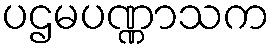
ပဌမပဏ္ဏာသက